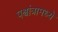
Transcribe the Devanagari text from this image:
पश्चांत्रामध्ये